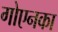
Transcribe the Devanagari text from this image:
गोएनका